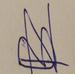
Signature authenticity: forged